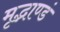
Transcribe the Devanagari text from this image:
मृद्भाण्डं